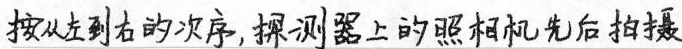
按从左到右的次序,探测器上的照相机先后拍摄